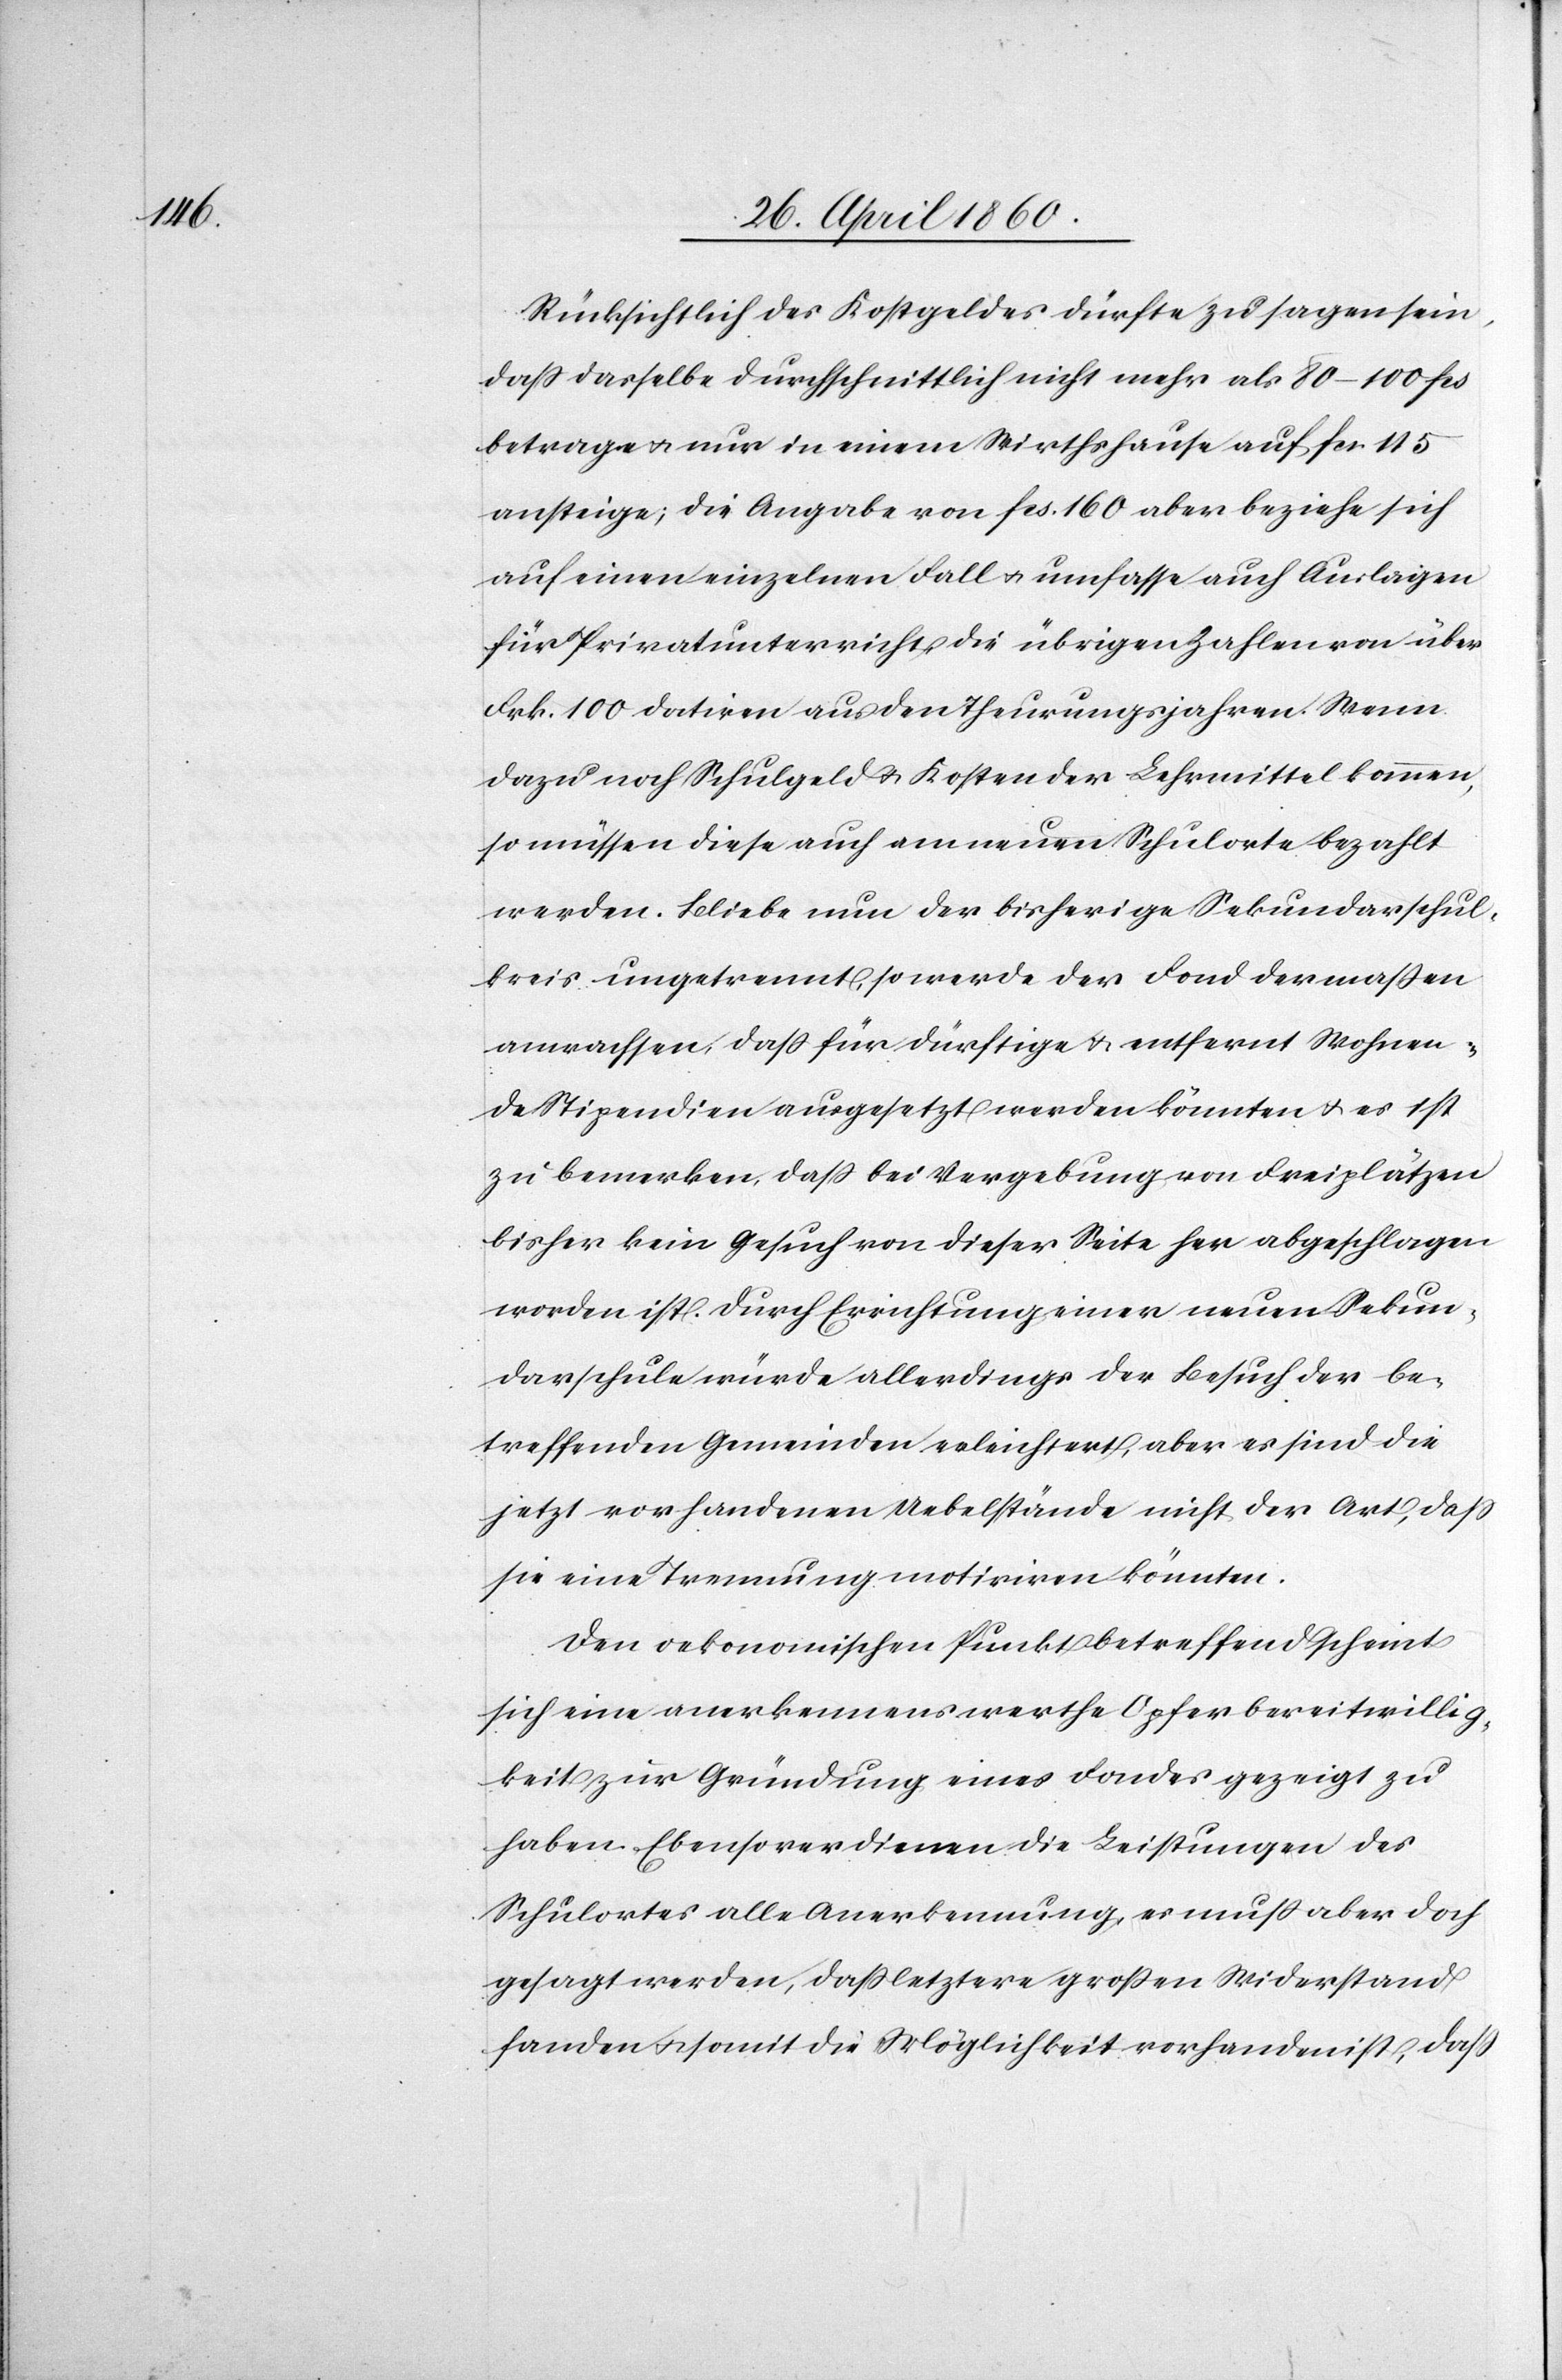
Rücksichtlich des Kostgeldes dürfte zu sagen sein,
dass dasselbe durchschnittlich nicht mehr als 80–100 fcs.
betrage u. nur in einem Wirthshause auf fcs. 115
ansteige; die Angabe von fcs. 160 aber beziehe sich
auf einen einzelnen Fall u. umfasse auch Auslagen
für Privatunterricht, die übrigen Zahlen von über
Frk. 100 dotiren aus den Theurungsjahren. Wenn
dazu noch Schulgeld u. Kosten der Lehrmittel kommen,
so müssen diese auch am neuen Schulorte bezahlt
werden. Bliebe nun der bisherige Sekundarschul¬
kreis ungetrennt, so werde der Fond dermassen
anwachsen, dass für dürftige u. entfernt Wohnen¬
de Stipendien ausgesetzt werden könnten u. es ist
zu bemerken, dass bei Vergebung von Freiplätzen
bisher kein Gesuch von dieser Seite her abgeschlagen
worden ist. Durch Errichtung einer neuen Sekun¬
darschule würde allerdings der Besuch der be¬
treffenden Gemeinden erleichtert, aber es sind die
jetzt vorhandenen Uebelstände nicht der Art, dass
sie eine Trennung motiviren könnten.
Den oekonomischen Punkt betreffend scheint
sich eine anerkennenswerthe Opferbereitwillig¬
keit zur Gründung eines Fondes gezeigt zu
haben. Ebenso verdienen die Leistungen des
Schulortes alle Anerkennung, es muss aber doch
gesagt werden, dass letztere grossen Widerstand
fanden u. somit die Möglichkeit vorhanden ist, dass